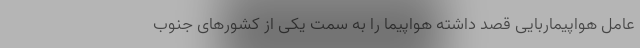
عامل هواپیماربایی قصد داشته هواپیما را به سمت یکی از کشورهای جنوب